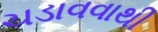
ચડાવવાથી